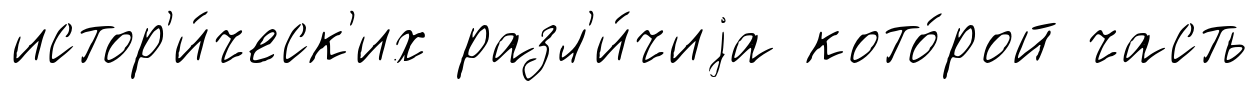
истор'и́ческ'их разл'и́чиjа кото́рой часть